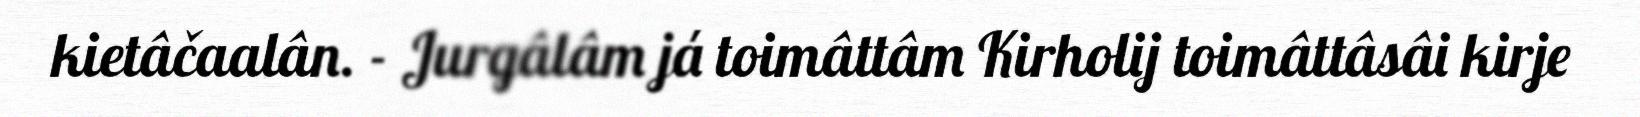
kietâčaalân. - Jurgâlâm já toimâttâm Kirholij toimâttâsâi kirje